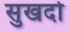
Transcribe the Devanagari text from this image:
सुखदो